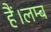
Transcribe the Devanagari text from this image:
हैं।लम्ब